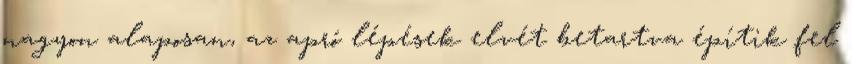
nagyon alaposan, az apró lépések elvét betartva építik fel